Riigikantselei, lk 24
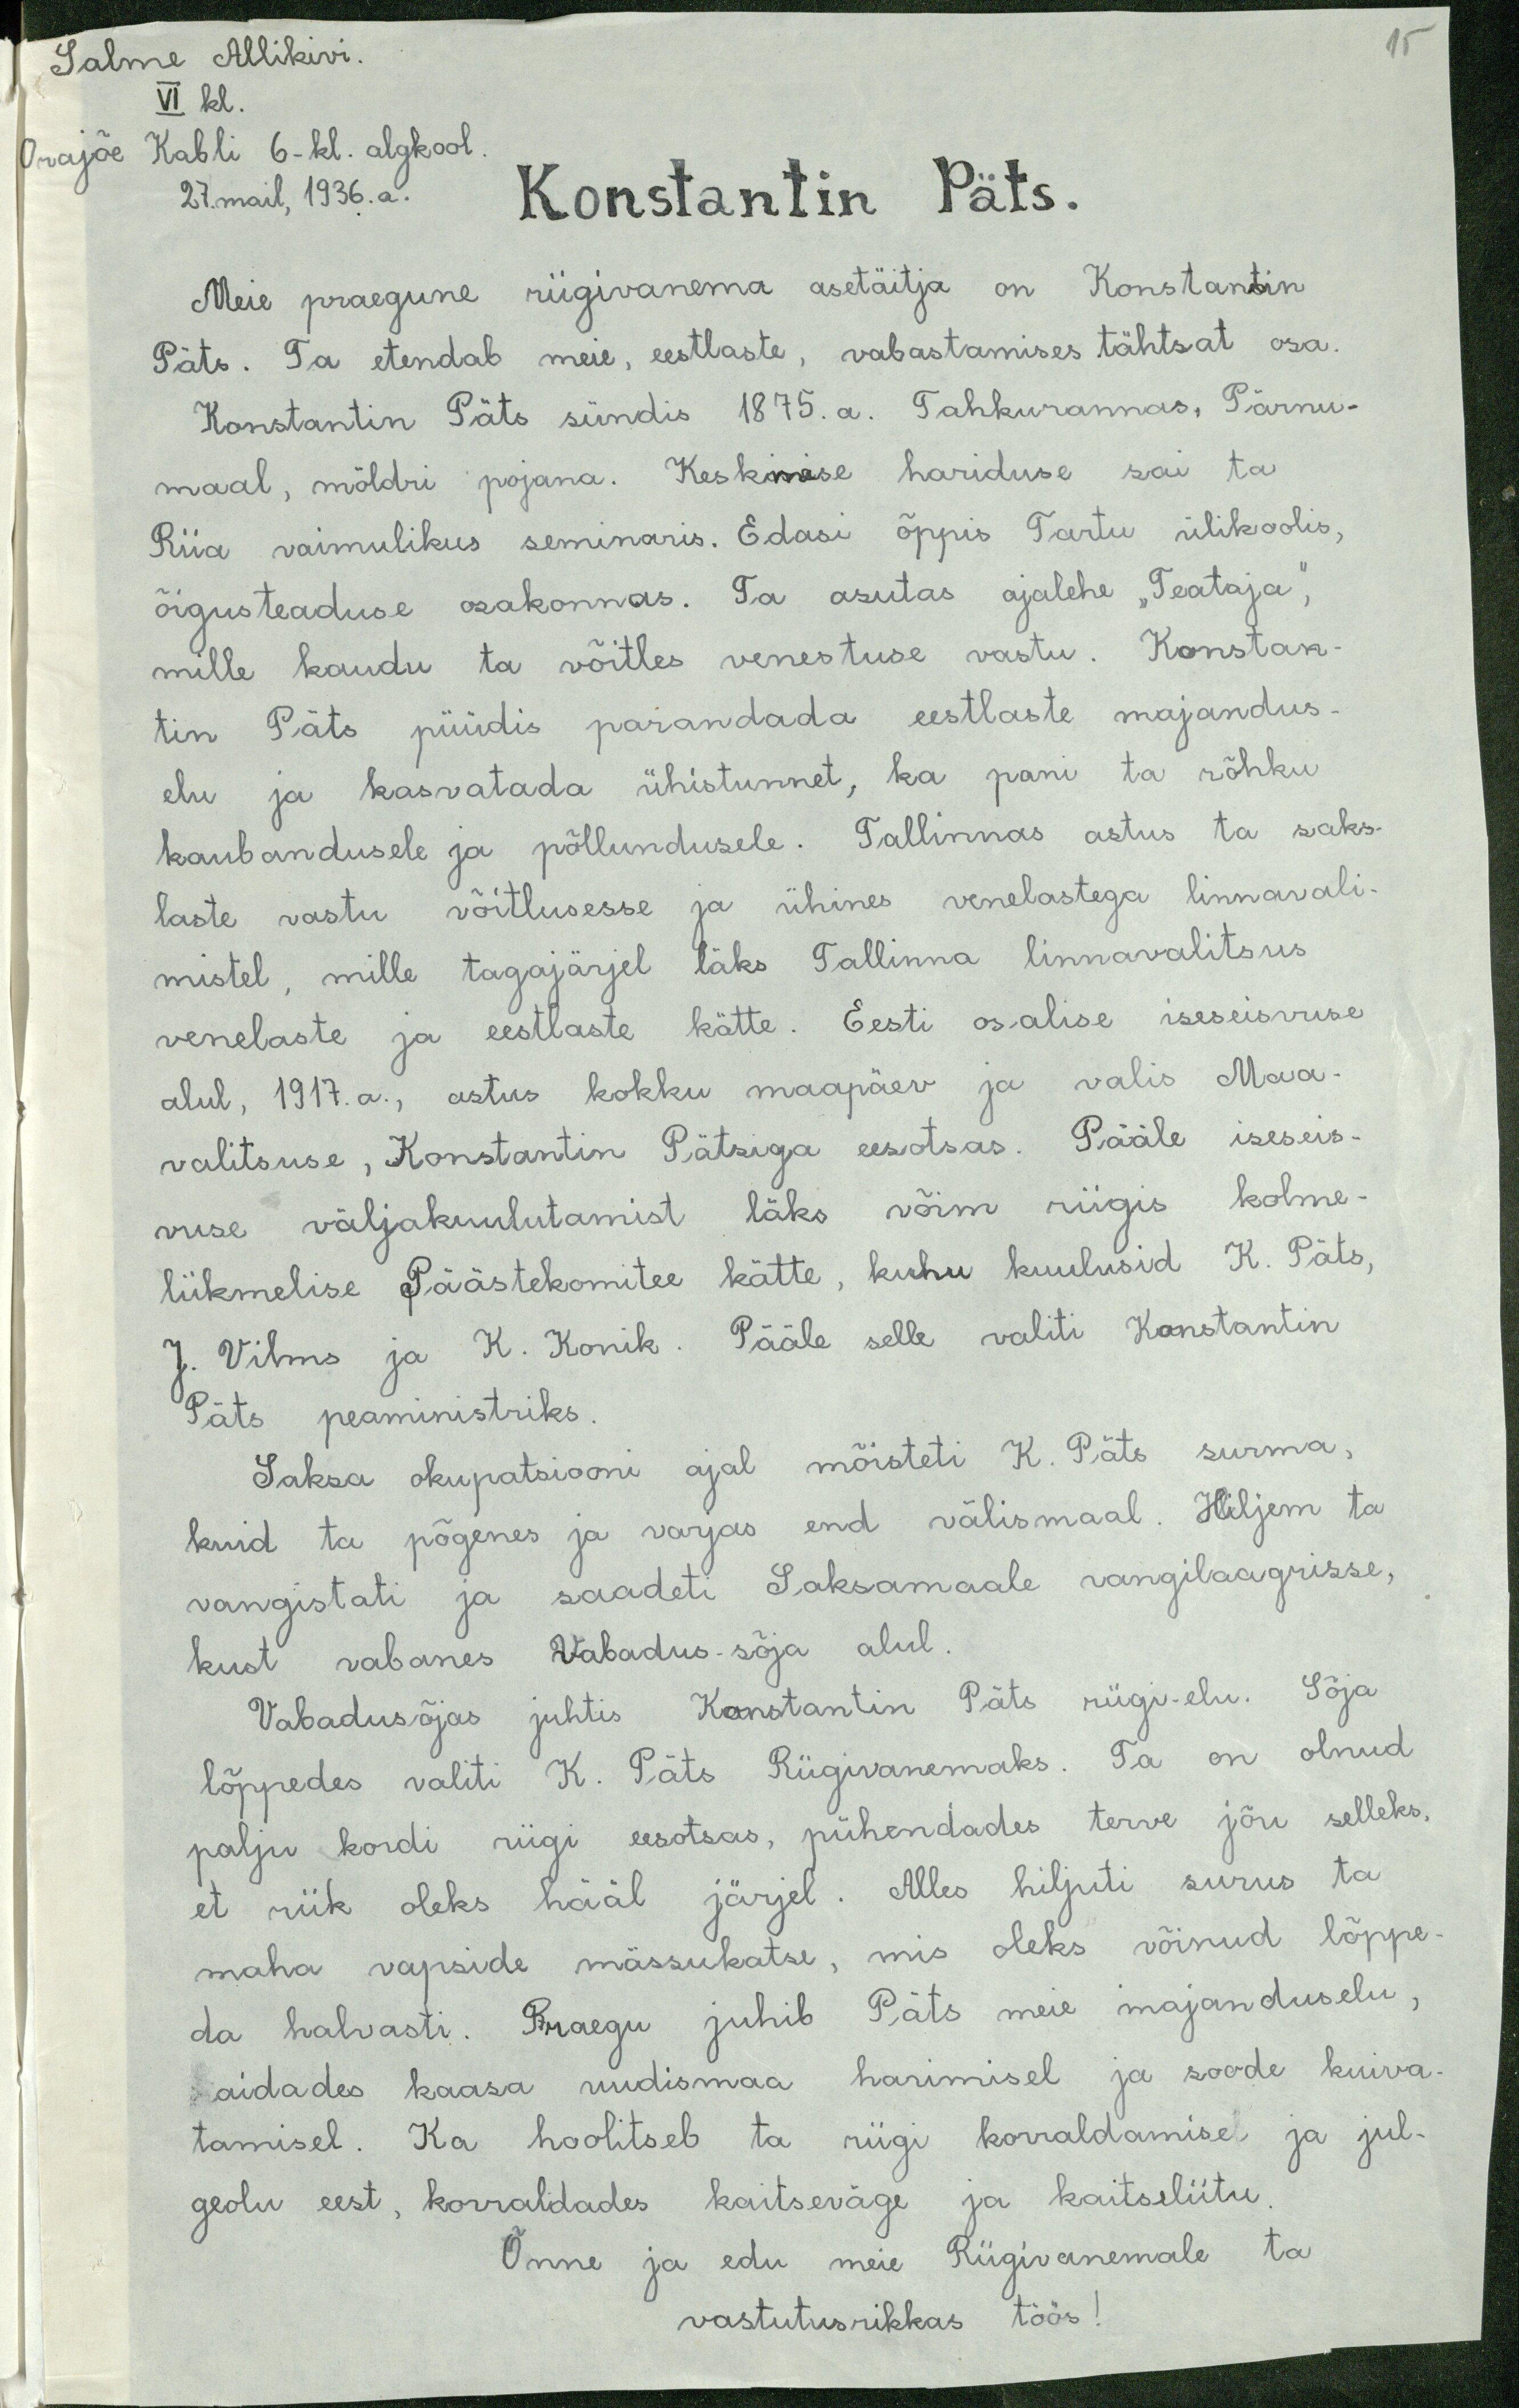
15

Salme Allikivi.
VI kl.
Orajõe Kabli 6 - kl. algkool
27. mail, 1936. a.
Konstantin Päts.
Meie praegune riigivanema asetäitja on Konstantin
Päts. Ta etendab meie, eestlaste, vabastamises tähtsat osa.
Konstantin Päts sündis 1875. a. Tahkurannas, Pärnu-
maal, möldri pojana. Keskmise hariduse sai ta
Riia vaimulikus seminaris. Edasi õppis Tartu ülikoolis,
õigusteaduse osakonnas. Ta asutas ajalehe "Teataja",
mille kaudu ta võitles venestuse vastu. Konstan-
tin Päts püüdis parandada eestlaste majandus
elu ja kasvatada ühistunnet, ka pani ta rõhku
kaubandusele ja põllundusele. Tallinnas astus ta saks-
laste vastu võitlusesse ja ühines venelastega linnavali-
mistel, mille tagajärjel läks Tallinna linnavalitsus
venelaste ja eestlaste kätte. Eesti osalise iseseisvuse
alul, 1917. a., astus kokku maapäev ja valis Maa-
valitsuse, Konstantin Pätsiga eesotsas. Pääle iseseis-
vuse väljakuulutamist läks võim riigis kolme
liikmelise Päästekomitee kätte, kuhu kuulusid K. Päts,
J. Vilms ja K. Konik. Pääle selle valiti Konstantin
Päts peaministriks
Saksa okupatsiooni ajal mõisteti K. Päts surma,
kuid ta põgenes ja varjas end välismaal. Hiljem ta
vangistati ja saadeti Saksamaale vangilaagrisse,
kust vabanes Vabadus-sõja alul
Vabadusõjas juhtis Konstantin Päts riigi-elu. Sõja
lõppedes valiti K. Päts Riigivanemaks. Ta on olnud
palju kordi riigi eesotsas, pühendades terve jõu selleks,
et riik oleks hääl järjel. Alles hiljuti surus ta
maha vapside mässukatse, mis oleks võinud lõppe
da halvasti. Praegu juhib Päts meie majanduselu,
aidades kaasa uudismaa harimisel ja soode kuiva
tamisel. Ka hoolitseb ta riigi korraldamise ja jul-
geolu eest, korraldades kaitseväge ja kaitseliitu
Õnne ja edu meie Riigivanemale ta
vastutusrikkas töös